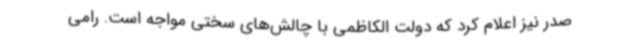
صدر نیز اعلام کرد که دولت الکاظمی با چالش‌های سختی مواجه است. رامی